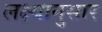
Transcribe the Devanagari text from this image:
लक्ष्यानुसार